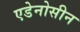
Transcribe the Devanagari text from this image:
एडेनोसीन